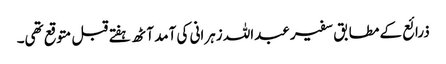
ذرائع کے مطابق سفیر عبداللہ زہرانی کی آمد آٹھ ہفتے قبل متوقع تھی۔